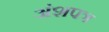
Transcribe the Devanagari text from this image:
अंशपत्र